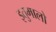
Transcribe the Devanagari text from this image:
इतुमालो